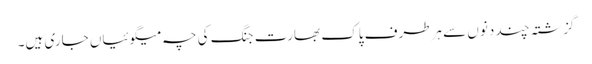
گزشتہ چند دنوں سے ہرطرف پاک بھارت جنگ کی چہ میگوئیاں جاری ہیں۔